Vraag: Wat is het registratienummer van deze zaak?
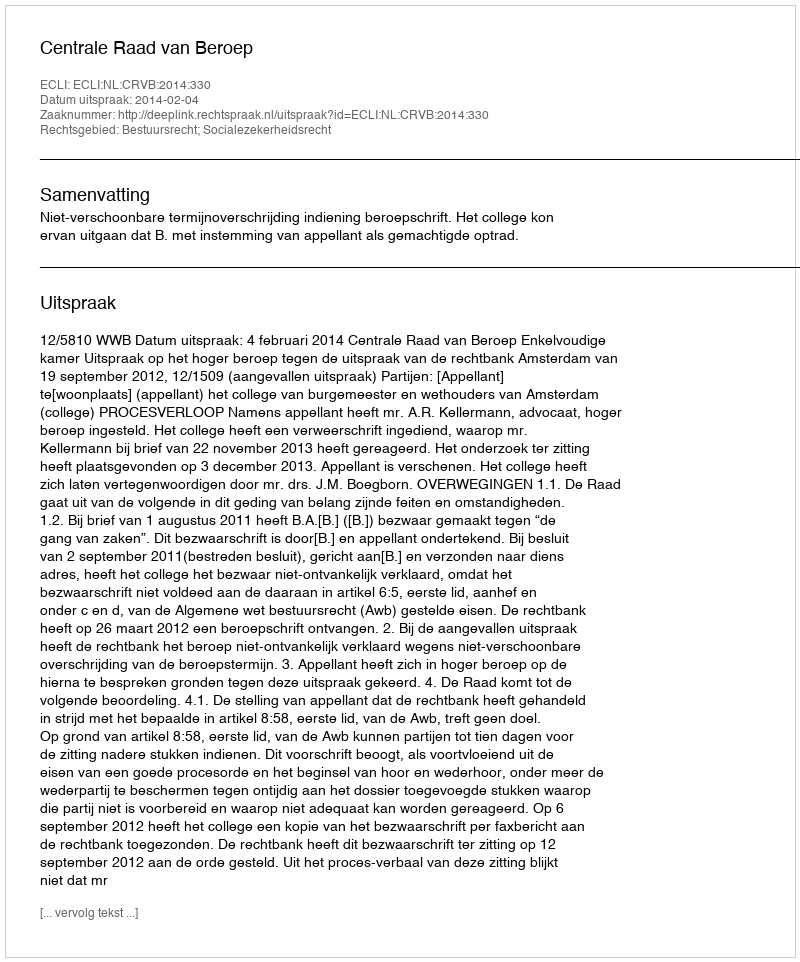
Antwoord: http://deeplink.rechtspraak.nl/uitspraak?id=ECLI:NL:CRVB:2014:330